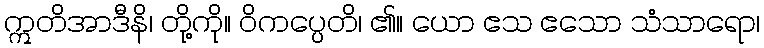
ဣတိအာဒီနိ၊ တို့ကို။ ဝိကပ္ပေတိ၊ ၏။ ယော ဧသ ဧသော သံသာရော၊